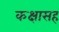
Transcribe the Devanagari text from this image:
कक्षासह